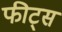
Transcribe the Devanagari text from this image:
फीट्स